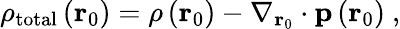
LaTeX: \rho_{\mathrm{total}}\left(\mathbf{r}_{0}\right)=\rho\left(\mathbf{r}_{0}\right)-\nabla_{\mathbf{r}_{0}}\cdot\mathbf{p}\left(\mathbf{r}_{0}\right)\ ,